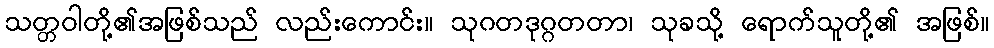
သတ္တဝါတို့၏အဖြစ်သည် လည်းကောင်း။ သုဂတဒုဂ္ဂတတာ၊ သုခသို့ ရောက်သူတို့၏ အဖြစ်။